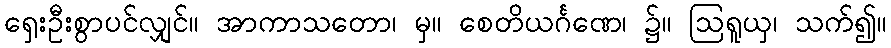
ရှေးဦးစွာပင်လျှင်။ အာကာသတော၊ မှ။ စေတိယင်္ဂဏေ၊ ၌။ ဩရူယှ၊ သက်၍။